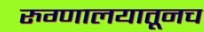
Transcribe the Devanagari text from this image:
रुग्णालयातूनच